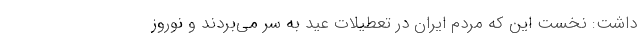
داشت: نخست این که مردم ایران در تعطیلات عید به سر می‌بردند و نوروز